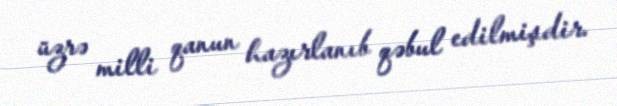
üzrə milli qanun hazırlanıb qəbul edilmişdir.